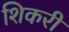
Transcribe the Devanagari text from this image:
शिकरी